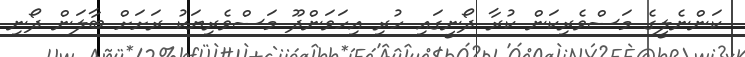
ކަންނެލީގެ މަސްވެރިކަން ކުރާ ދޯނީގައި ހުރި އިހަވަންދޫ މަސްވެރިޔަކު ރަށަށް ބާލަން ދޯނި